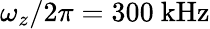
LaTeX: \omega_{z}/2\pi=300~\mathrm{kHz}